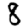
Digit: 8